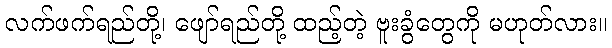
လက်ဖက်ရည်တို့၊ ဖျော်ရည်တို့ ထည့်တဲ့ ဗူးခွံတွေကို မဟုတ်လား။